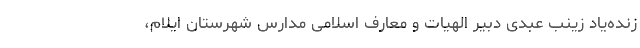
زنده‌یاد زینب عبدی دبیر الهیات و معارف اسلامی مدارس شهرستان ایلام،